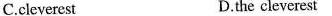
C.cleverest D.the cleverest